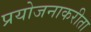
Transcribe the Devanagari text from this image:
प्रयोजनाकरीता